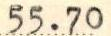
55.70